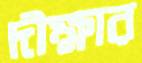
দীক্ষার